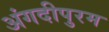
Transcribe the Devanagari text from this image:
अंगदीपुरम